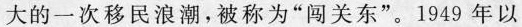
大的一次移民浪潮，被称为“闯关东”。1949 年以